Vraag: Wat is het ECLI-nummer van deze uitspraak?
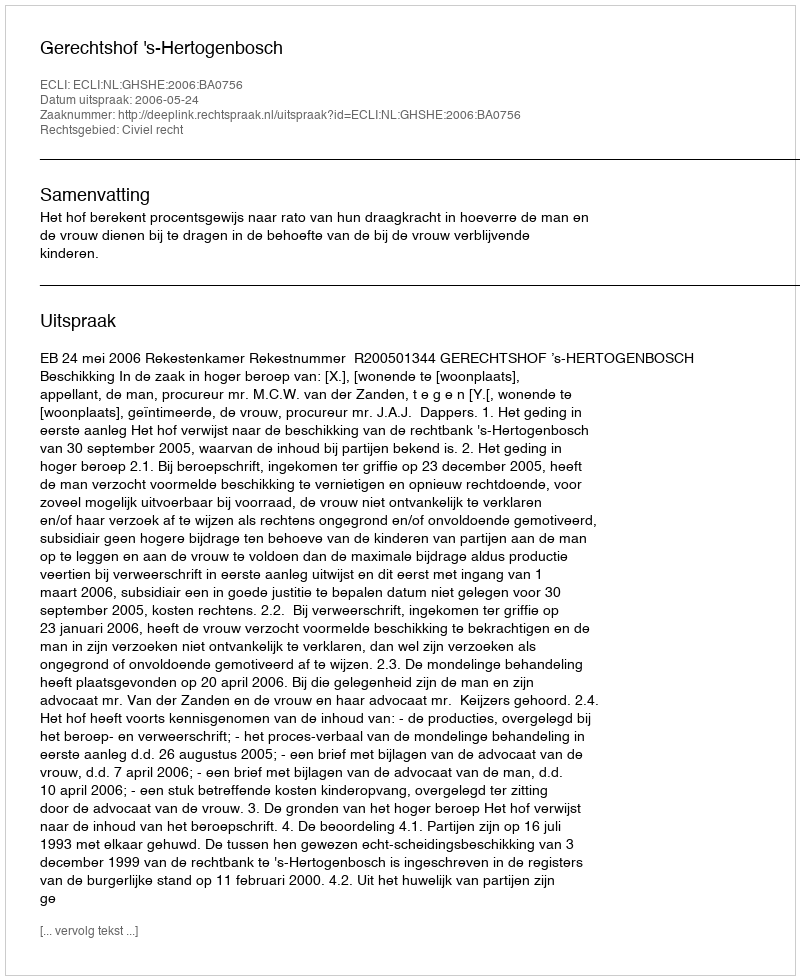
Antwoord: ECLI:NL:GHSHE:2006:BA0756